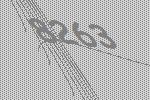
8263